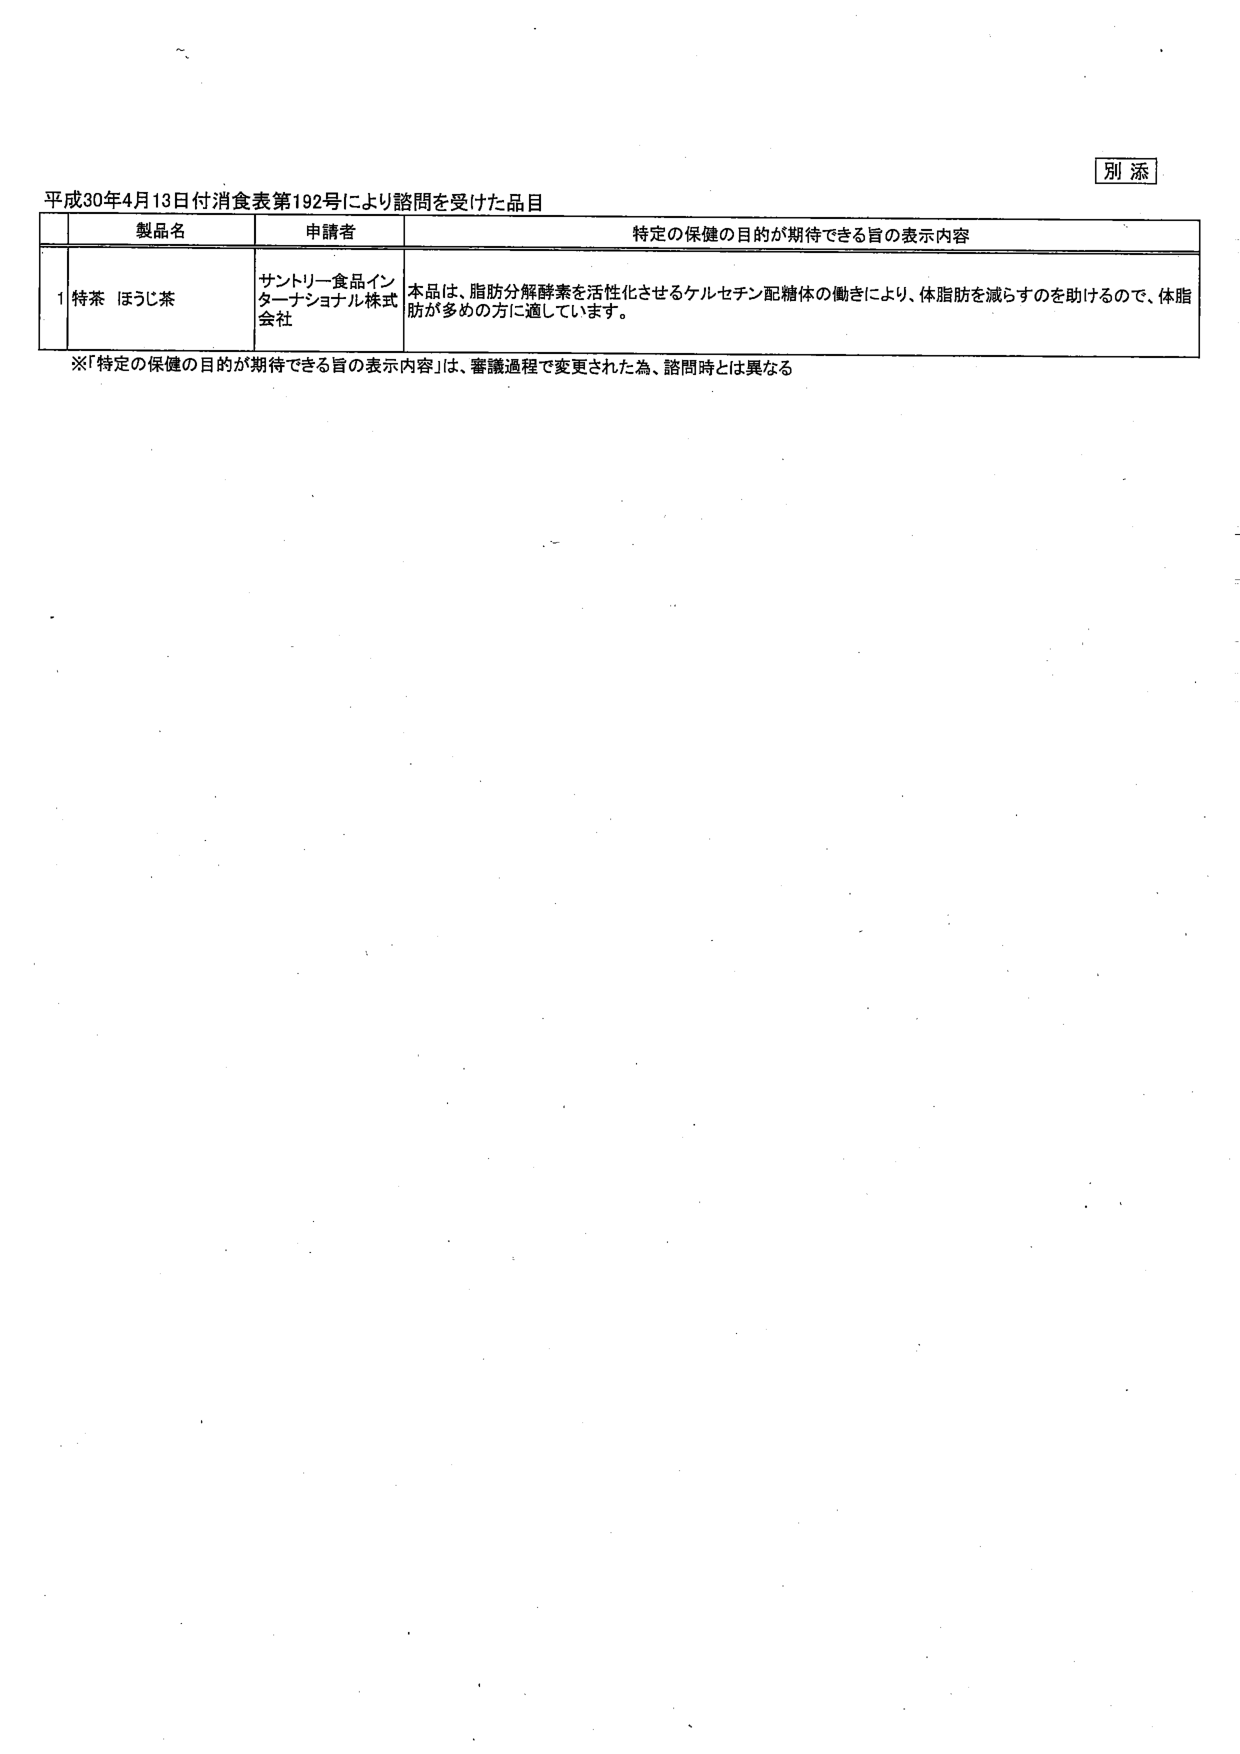
別添
平成30年4月13日付消費表第192号により諮問を受けた品目
製品名 申請者 特定の保健の目的が期待できる旨の表示内容
1 特茶 ほうじ茶 サントリー食品インターナショナル株式会社 本品は、脂肪分解酵素を活性化させるケルセチン配糖体の働きにより、体脂肪を減らすのを助けるので、体脂肪が多めの方に適しています。
※「特定の保健の目的が期待できる旨の表示内容」は、審議過程で変更された為、諮問時とは異なる